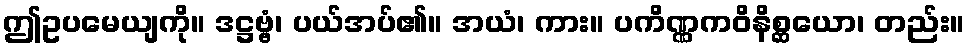
ဤဥပမေယျကို။ ဒဋ္ဌဗ္ဗံ၊ ပယ်အပ်၏။ အယံ၊ ကား။ ပကိဏ္ဏကဝိနိစ္ဆယော၊ တည်း။